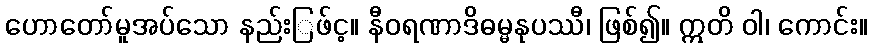
ဟောတော်မူအပ်သော နည်းြဖ်င့။ နီဝရဏာဒိဓမ္မနုပဿီ၊ ဖြစ်၍။ ဣတိ ဝါ၊ ကောင်း။